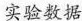
实验数据